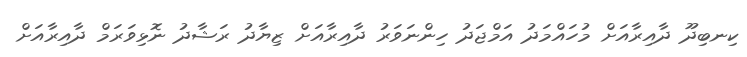
ކިނބިދޫ ދާއިރާއަށް މުހައްމަދު އަމްޖަދު ހިންނަވަރު ދާއިރާއަށް ޒިޔާދު ރަޝާދު ނޮޅިވަރަމް ދާއިރާއަށް